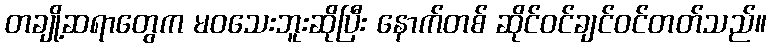
တချို့ဆရာတွေက မဝသေးဘူးဆိုပြီး နောက်တစ် ဆိုင်ဝင်ချင်ဝင်တတ်သည်။